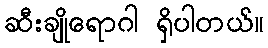
ဆီးချိုရောဂါ ရှိပါတယ်။